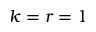
k = r = 1